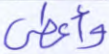
وأعطى